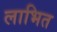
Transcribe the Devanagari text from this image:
लाभित